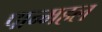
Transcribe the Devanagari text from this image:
पान्महल